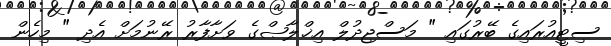
ސިޓީއުރައިގެ ބޭރުގައި " މަސްޖިދުލް އިޚްލާޞްގެ ވަށާފާރު ރޭނުމަށް އެދި " މިހެން